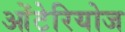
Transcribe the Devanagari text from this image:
ओंटेरियोज